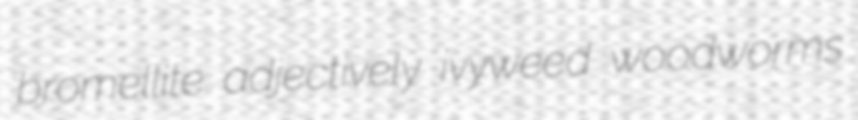
bromellite adjectively ivyweed woodworms